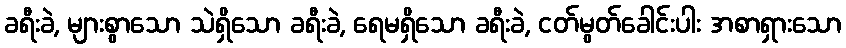
ခရီးခဲ, များစွာသော သဲရှိသော ခရီးခဲ, ရေမရှိသော ခရီးခဲ, ငတ်မွတ်ခေါင်းပါး အစာရှားသော